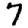
Digit: 7